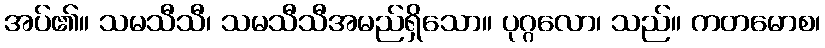
အပ်၏။ သမသီသီ၊ သမသီသီအမည်ရှိသော။ ပုဂ္ဂလော၊ သည်။ ကတမောစ၊